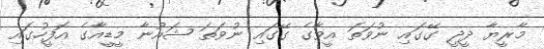
މާރީޔާ ދީދީ ގޭގައި ނުވަތަ އީވާގެ ގޭގައި ނުވަތަ ޝައުނާ މީޑީއާގެ އޮފީހުގައި